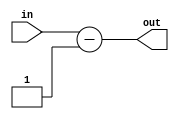
module decrease#(parameter DATA_SIZE = 8)
                (input [DATA_SIZE-1:0] in, output [DATA_SIZE-1:0] out);
    reg [DATA_SIZE-1:0] outReg;
    
    assign out = outReg;
    
    always @* begin
        outReg = in-1;
    end
endmodule